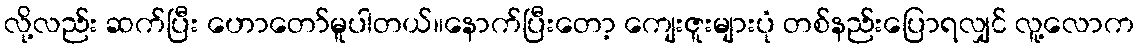
လို့လည်း ဆက်ပြီး ဟောတော်မူပါတယ်။နောက်ပြီးတော့ ကျေးဇူးများပုံ တစ်နည်းပြောရလျှင် လူ့လောက